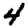
Digit: 4